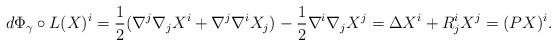
LaTeX: \begin{align*} d\Phi_{\gamma}\circ L(X)^i=\frac{1}{2}(\nabla^j\nabla_jX^i+\nabla^j \nabla^iX_j)-\frac{1}{2}\nabla^i\nabla_j X^j=\Delta X^i+R^i_j X^j=(PX)^i. \end{align*}